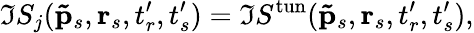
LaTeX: \Im S_{j}(\mathbf{\tilde{p}}_{s},\textbf{r}_{s},t_{r}^{\prime},t_{s}^{\prime})=\Im S^{\mathrm{tun}}(\mathbf{\tilde{p}}_{s},\textbf{r}_{s},t_{r}^{\prime},t_{s}^{\prime}),